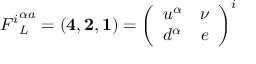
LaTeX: { F ^ { i } } _ { L } ^ { \alpha a } = ( { \bf 4 } , { \bf 2 } , { \bf 1 } ) = \left( \begin{array} { c c } { { u ^ { \alpha } } } & { { \nu } } \\ { { d ^ { \alpha } } } & { { e } } \end{array} \right) ^ { i }